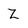
Character: Z